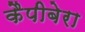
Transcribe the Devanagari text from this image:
कैपीबेरा